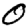
Digit: 0